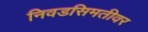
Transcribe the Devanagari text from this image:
निवडसिमतीवर